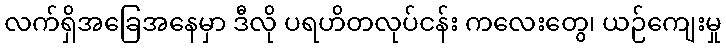
လက်ရှိအခြေအနေမှာ ဒီလို ပရဟိတလုပ်ငန်း ကလေးတွေ၊ ယဉ်ကျေးမှု